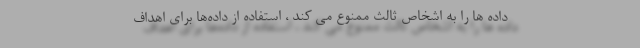
داده ها را به اشخاص ثالث ممنوع می کند ، استفاده از داده‌ها برای اهداف